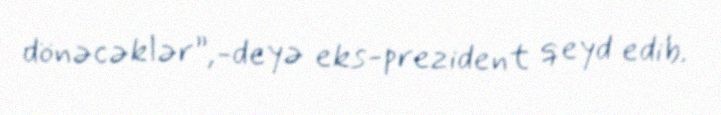
dönəcəklər”,-deyə eks-prezident qeyd edib.